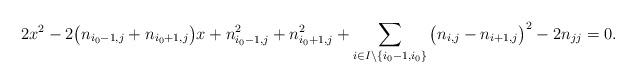
LaTeX: \begin{align*}2x^2-2\big(n_{{i_0}-1,{j}}+n_{{i_0}+1,{j}}\big)x+n_{{i_0}-1,{j}}^2+n_{{i_0}+1,{j}}^2+\sum\limits_{i\in I\setminus\{{i_0}-1,{i_0}\}}\big(n_{i,{j}}-n_{i+1,{j}}\big)^{2}-2n_{jj}=0.\end{align*}